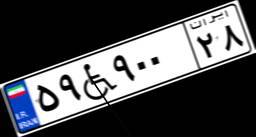
۵۹W۹۰۰۲۸